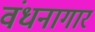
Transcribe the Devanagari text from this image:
वंधनागार